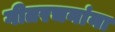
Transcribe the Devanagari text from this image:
गीतरचनांना